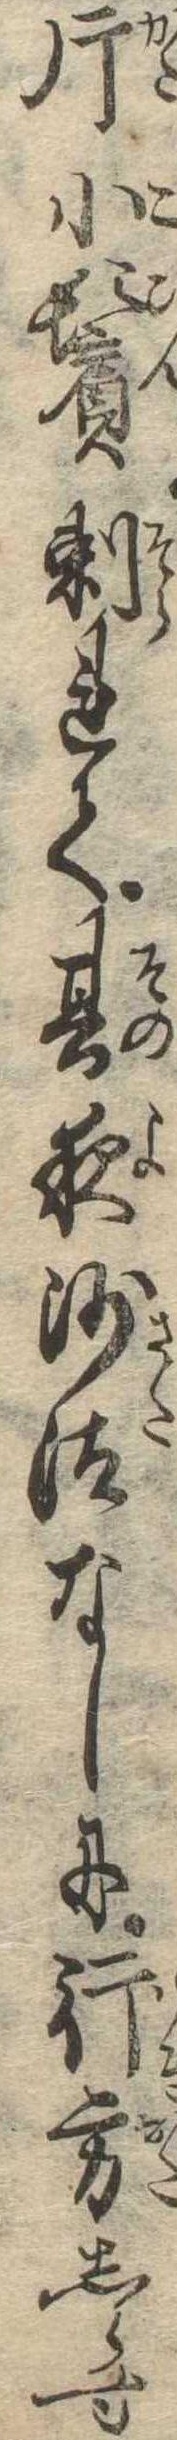
片小鬢剃れて其夜沙汰なしに行方しらす